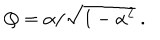
Q = \alpha / \sqrt { 1 - \alpha ^ { 2 } } \ .